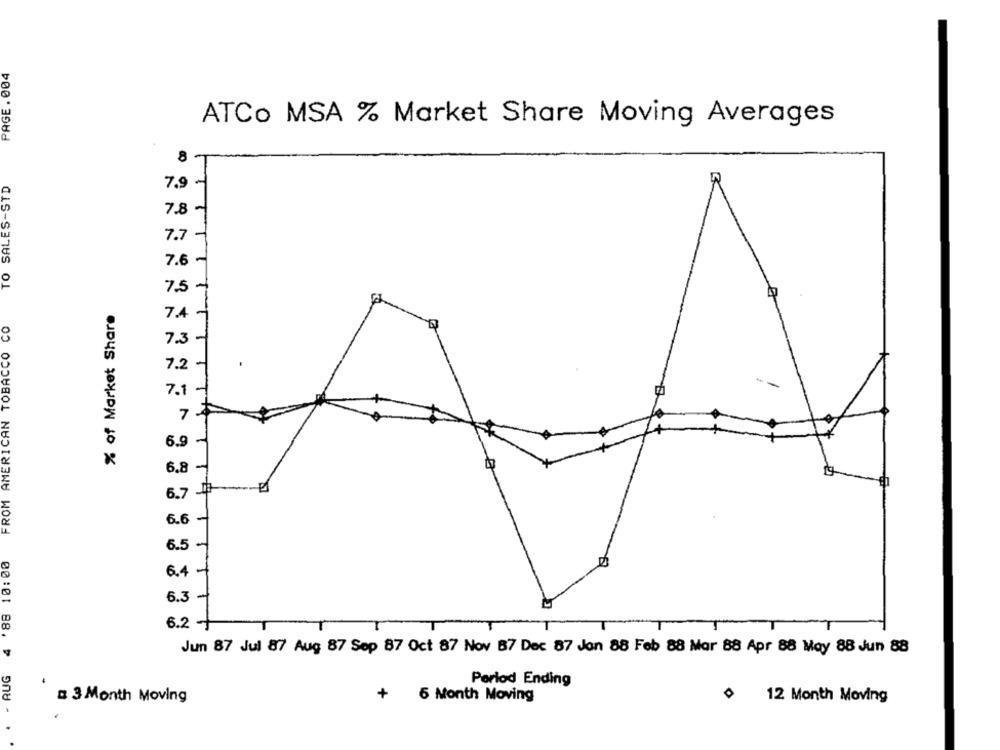
PAGE . 004
ATCo MSA % Market Share Moving Averages
8
8 T
O SALES-STD
7.8
7.7
-
7.6
7.5
% of Market Share
7.4
FROM AMERICAN TOBACCO CO
7.3
7.2
-
7.1
73
6.9
6.8
6.7 #
6.6
6.5
'88 10:00
6.4
6.3
6.2
4
Jun 87 Jul 87 Aug 87 Sep 87 Oct 87 Nov 87 Dec 87 Jon 88 Feb 88 Mar 88 Apr 88 May 88 Jun 88
- AUG
Period Ending
+
6 Month Moving
0 12 Month Moving
: 3 Month Moving